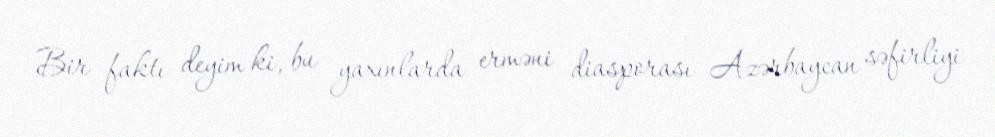
Bir faktı deyim ki, bu yaxınlarda erməni diasporası Azərbaycan səfirliyi